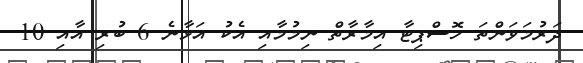
ދަރުމަވަންތަ ހޮސްޕިޓާ އިމާރާތް ނިމުމާއި އެކު އަޅާނެ 6 ބުރި އާއި 10